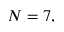
N = 7 ,